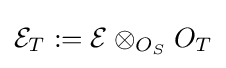
{\mathcal {E}}_{T}:={\mathcal {E}}\otimes _{O_{S}}O_{T}